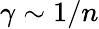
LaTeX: \gamma\sim 1/n